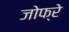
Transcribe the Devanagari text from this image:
जोफ्रे